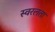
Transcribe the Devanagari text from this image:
स्वरलता